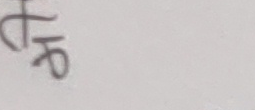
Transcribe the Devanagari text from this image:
ट्रप